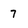
Character: 7